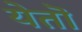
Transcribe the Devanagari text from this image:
येतॊ